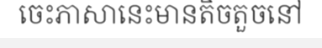
ចេះភាសានេះមានតិចតួចនៅ